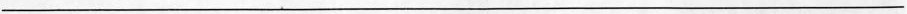
___